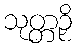
သုတ္တဉှိ